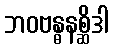
ဘဝဗန္ဓနစ္ဆိဒါ